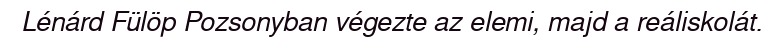
Lénárd Fülöp Pozsonyban végezte az elemi, majd a reáliskolát.